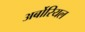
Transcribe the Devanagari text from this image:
अर्बोरियल